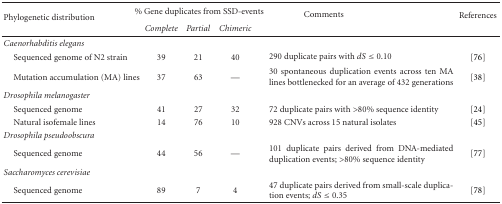
<table><thead><tr><td rowspan="2"><b>Phylogenetic distribution</b></td><td colspan="3"><b>% Gene duplicates from SSD-events</b></td><td><b>Comments</b></td><td><b>References</b></td></tr><tr><td><b><i>Complete</i></b></td><td><b><i>Partial</i></b></td><td><b><i>Chimeric</i></b></td><td><b> </b></td><td><b> </b></td></tr></thead><tbody><tr><td><i>Caenorhabditis elegans </i></td><td> </td><td> </td><td> </td><td> </td><td> </td></tr><tr><td> Sequenced genome of N2 strain</td><td>39</td><td>21</td><td>40</td><td>290 duplicate pairs with <i>dS</i> ≤ 0.10 </td><td>[76]</td></tr><tr><td> Mutation accumulation (MA) lines</td><td>37</td><td>63</td><td>—</td><td>30 spontaneous duplication events across ten MA lines bottlenecked for an average of 432 generations</td><td>[38]</td></tr><tr><td><i>Drosophila melanogaster</i></td><td> </td><td> </td><td> </td><td> </td><td> </td></tr><tr><td> Sequenced genome</td><td>41</td><td>27</td><td>32</td><td>72 duplicate pairs with &gt;80% sequence identity</td><td>[24]</td></tr><tr><td> Natural isofemale lines</td><td>14</td><td>76</td><td>10</td><td>928 CNVs across 15 natural isolates</td><td>[45]</td></tr><tr><td><i>Drosophila pseudoobscura</i></td><td> </td><td> </td><td> </td><td> </td><td> </td></tr><tr><td> Sequenced genome</td><td>44</td><td>56</td><td>—</td><td>101 duplicate pairs derived from DNA-mediated duplication events; &gt;80% sequence identity</td><td>[77]</td></tr><tr><td><i>Saccharomyces cerevisiae</i></td><td> </td><td> </td><td> </td><td> </td><td> </td></tr><tr><td> Sequenced genome</td><td>89</td><td>7</td><td>4</td><td>47 duplicate pairs derived from small-scale duplication events; <i>dS</i> ≤ 0.35</td><td>[78]</td></tr></tbody></table>